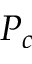
P _ { c }